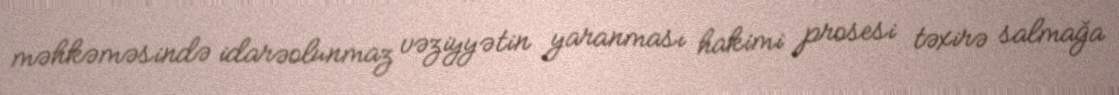
məhkəməsində idarəolunmaz vəziyyətin yaranması hakimi prosesi təxirə salmağa